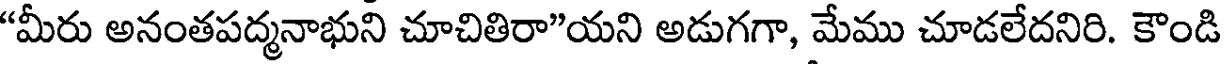
"మీరు అనంతపద్మనాభుని చూచితిరా"యని అడుగగా, మేము చూడలేదనిరి. కౌండి